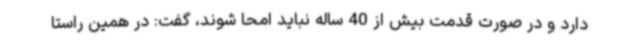
دارد و در صورت قدمت بیش از 40 ساله نباید امحا شوند، گفت: در همین راستا